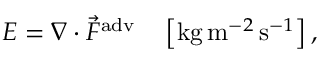
E = \nabla \cdot \vec { F } ^ { \mathrm { a d v } } \quad \left[ \mathrm { k g } \, \mathrm { m } ^ { - 2 } \, \mathrm { s } ^ { - 1 } \right] ,